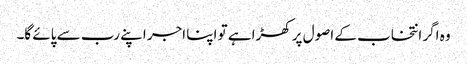
وہ اگر انتخاب کے اصول پر کھڑا ہے تو اپنا اجر اپنے رب سے پائے گا۔